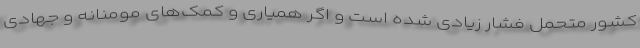
کشور متحمل فشار زیادی شده است و اگر همیاری و کمک‌های مومنانه و جهادی